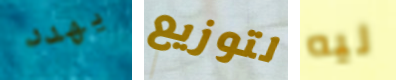
يهدد لتوزيع ليه